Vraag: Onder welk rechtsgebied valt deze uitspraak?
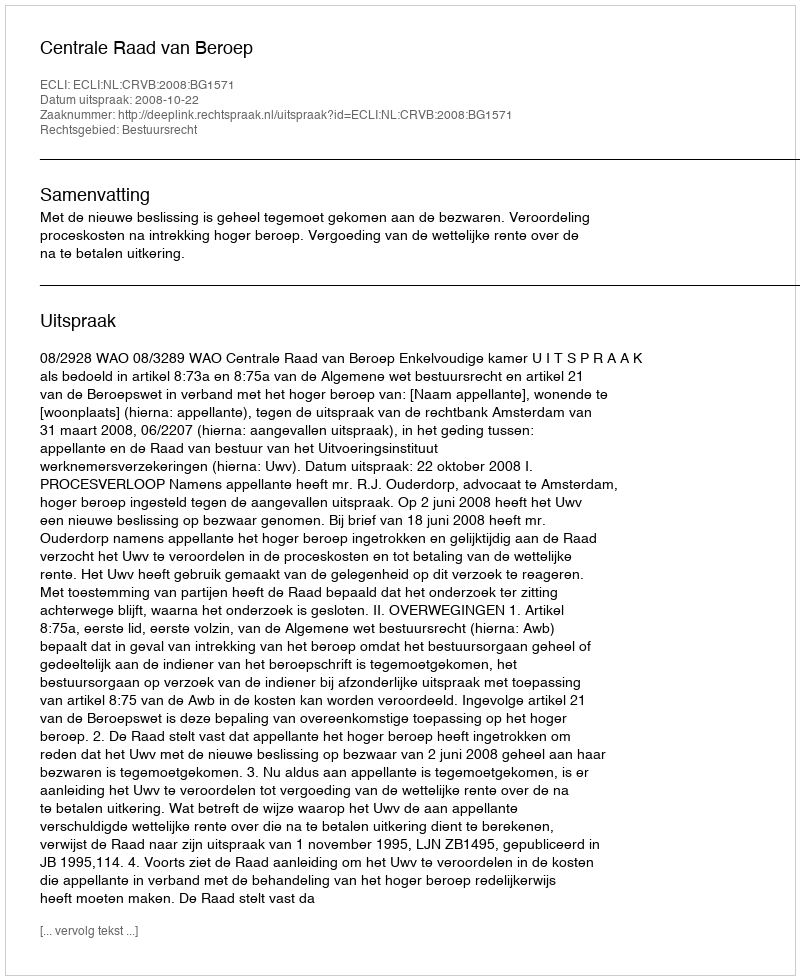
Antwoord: Bestuursrecht